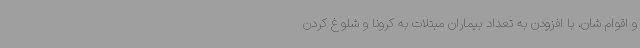
و اقوام شان، با افزودن به تعداد بیماران مبتلات به کرونا و شلوغ کردن